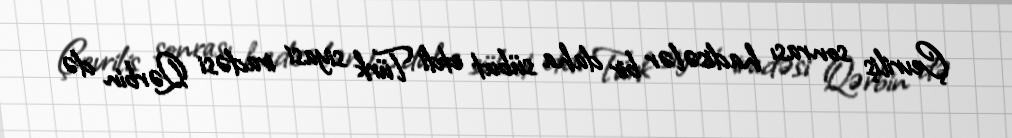
Çevriliş sonrası hadisələr bir daha sübut etdi Türk siyasi iradəsi Qərbin də